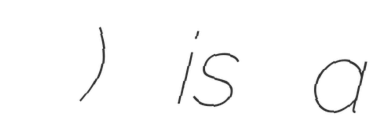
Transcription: அபிமுகேசுவரர் கோயில்) is a